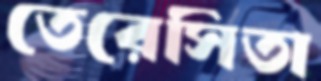
তেরেসিতা